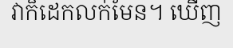
វាក៏ដេកលក់មែន។ ឃើញ